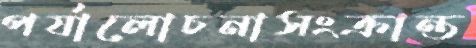
পর্যালোচনাসংক্রান্ত